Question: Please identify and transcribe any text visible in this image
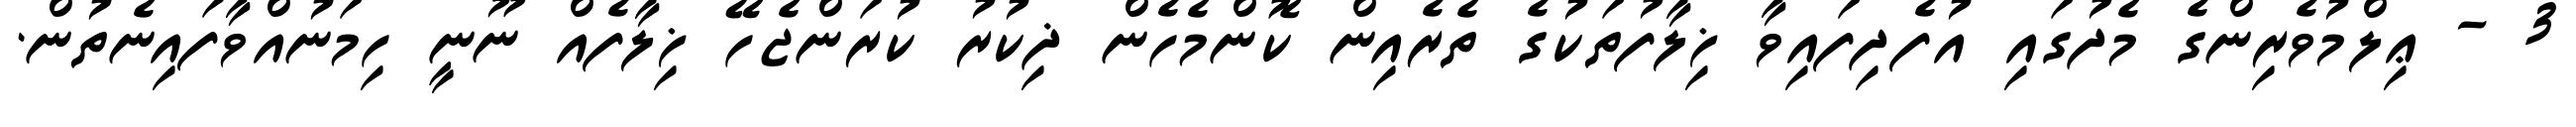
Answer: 3 - ޢިލްމުވެރިންގެ މެދުގައި އުފެދިފައިވާ ޚިލާފުތަކުގެ ތެރެއިން ކޮންމެހެން ޛިކުރު ކުރަންޖެހޭ ޚިލާފެއް ނޫނީ ހިމަނުއްވާފައިނެތުން.